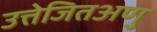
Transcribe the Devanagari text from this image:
उत्तेजितअणु